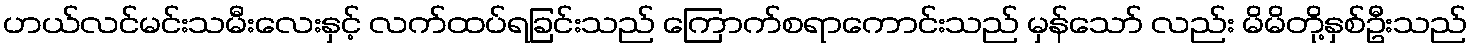
ဟယ်လင်မင်းသမီးလေးနှင့် လက်ထပ်ရခြင်းသည် ကြောက်စရာကောင်းသည် မှန်သော် လည်း မိမိတို့နှစ်ဦးသည်